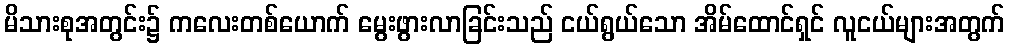
မိသားစုအတွင်း၌ ကလေးတစ်ယောက် မွေးဖွားလာခြင်းသည် ငယ်ရွယ်သော အိမ်ထောင်ရှင် လူငယ်များအတွက်